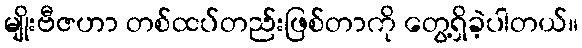
မျိုးဗီဇဟာ တစ်ထပ်တည်းဖြစ်တာကို တွေ့ရှိခဲ့ပါတယ်။